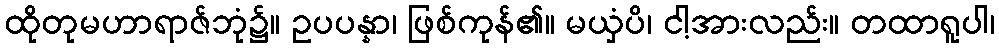
ထိုတုမဟာရာဇ်ဘုံ၌။ ဥပပန္နာ၊ ဖြစ်ကုန်၏။ မယှံပိ၊ ငါ့အားလည်း။ တထာရူပါ၊